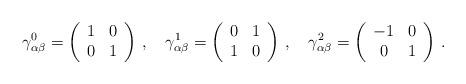
LaTeX: \begin{align*}\gamma^{0}_{ \alpha \beta}= \left(\begin{array}{cc}1 & 0\\0 & 1\end{array}\right)\,, \quad \gamma^{1}_{ \alpha \beta}=\left(\begin{array}{cc}0 & 1\\1 & 0\end{array}\right)\, , \quad \gamma^2_{ \alpha \beta}=\left(\begin{array}{cc}-1 & 0\\0 & 1\end{array}\right) \,.\end{align*}